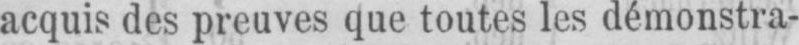
acquis des preuves que toutes les démonstra-